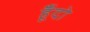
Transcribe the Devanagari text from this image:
हूँदो